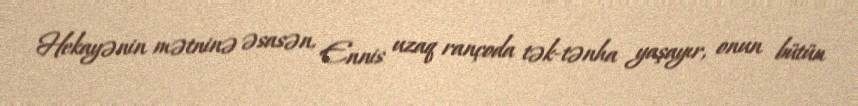
Hekayənin mətninə əsasən, Ennis uzaq rançoda tək-tənha yaşayır, onun bütün